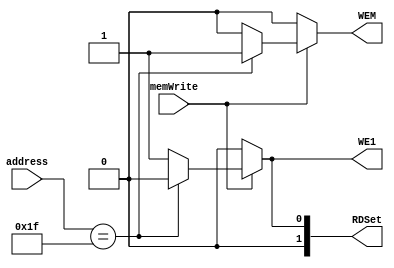
module Address_decoder #(parameter Width = 32)(
    input [Width-1:0] address,
    input memWrite,
    output reg WEM, WE1,
    output reg [1:0] RDSet
);

    always @* begin
        if (memWrite) begin
            if (address == 32'd31) begin
                  WEM = 1'b1;
                WE1 = 1'b0;
                RDSet = 2'b00;
            end else begin
             
               WEM = 1'b0;
                WE1 = 1'b1;
                RDSet = 2'b01;
            end
        end else begin
            WEM = 1'b0;
            WE1 = 1'b0;
            RDSet = 2'b00;
        end
    end
endmodule